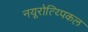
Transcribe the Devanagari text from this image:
नयूरोत्य्पिकल